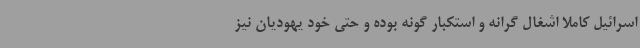
اسرائیل کاملا اشغال گرانه و استکبار گونه بوده و حتی خود یهودیان نیز